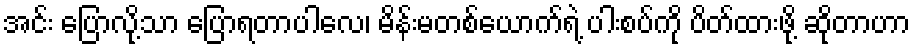
အင်း ပြောလို့သာ ပြောရတာပါလေ၊ မိန်းမတစ်ယောက်ရဲ့ ပါးစပ်ကို ပိတ်ထားဖို့ ဆိုတာဟာ